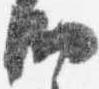
納